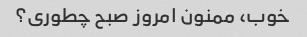
خوب، ممنون امروز صبح چطوری؟